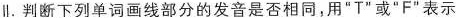
∥。判断下列单词画线部分的发音是否相同，用”T”或”F”表示